Vaccination in Bombay 1924-1928 - 1924-1928
Year: 1924
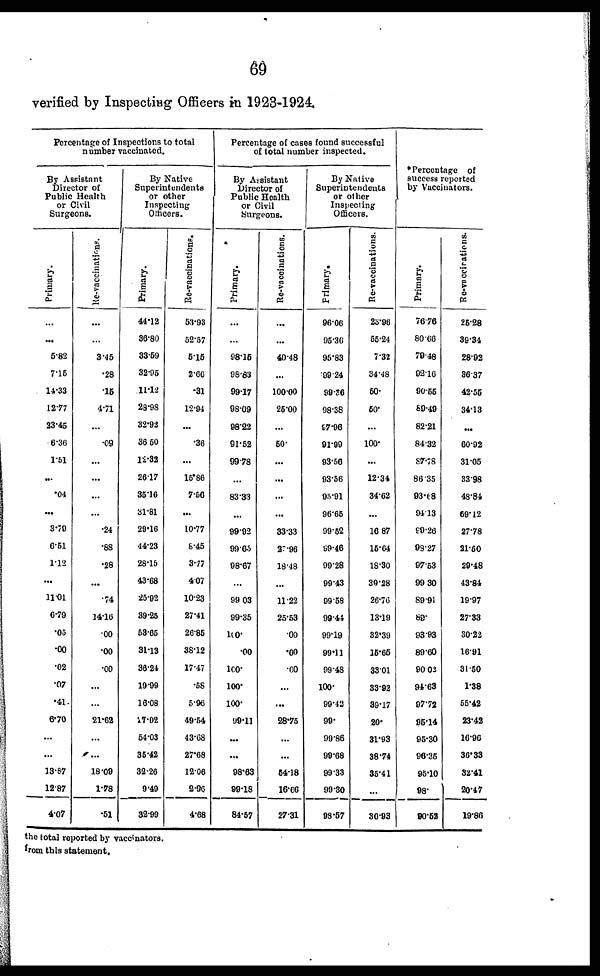
69
verified by Inspecting Officers in1923-1924.
Percentage of Inspections to total
number vaccinated.
By Assistant
Director of
Public Health
or Civil
Surgeons.
Primary.
...
...
5.82
7.15
14.33
12.77
23.45
6.36
1.51
...
.04
...
3.70
6.51
1.12
...
11.01
6.79
.05
.00
.02
.07
.41
6.70
...
...
13.87
12.87
4.07
Re-vaccinations.
...
...
3.45
.28
.15
4.71
...
.09
...
...
...
...
.24
.88
.28
...
.74
14.16
.00
.00
.00
...
...
21.62
...
...
18.09
1.78
.51
By Native
Superintendents
or other
Inspecting
Officers.
Primary.
44.12
36.80
33.59
32.95
11.12
28.98
32.92
36.50
12.32
26.17
35.16
31.81
29.16
44.23
28.15
43.68
25.92
39.25
53.65
31.13
36.24
19.99
16.08
27.02
54.03
35.42
32.26
9.49
32.99
Re-vaccinations.
53.93
52.57
5.15
2.66
.31
12.94
...
.36
...
15.86
7.56
...
10.77
8.45
3.77
4.07
10.23
27.41
26.85
38.12
17.47
.58
5.98
49.54
43.68
27.68
12.06
2.96
4.68
Percentage of cases found successful
of total number inspected.
By Assistant
Director of
Public Health
or Civil
Surgeons.
Primary.
...
...
98.15
98.83
99.17
98.09
98.22
91.52
99.78
...
83.33
...
99.92
99.65
98.67
...
99.03
99.35
100.
.00
100.
100.
100.
99.11
...
...
98.63
99.18
84.57
Re-vaccinations.
...
...
40.48
...
100.00
25.00
...
50.
...
...
...
...
33.33
27.96
18.48
...
11.22
25.53
.00
.00
.00
...
...
28.75
...
...
54.18
16.66
27.31
By Native
Superintendents
or other
Inspecting
Officers.
Primary.
96.06
95.36
95.83
99.24
99.36
98.38
97.96
91.99
93.56
93.56
95.91
96.65
99.52
99.46
99.28
99.43
99.58
99.44
99.19
99.11
99.48
100.
99.42
99.
99.86
99.68
99.33
99.30
98.57
Re-vaccinations.
23.96
55.24
7.32
34.48
50.
50.
...
100.
...
12.34
34.62
...
16.87
15.64
18.30
39.28
26.76
13.19
32.39
15.65
33.01
33.92
39.17
20.
31.93
38.74
35.41
...
30.93
*Percentage of
success reported
by Vaccinators.
Primary.
76.76
80.66
79.48
92.16
90.55
89.49
82.21
84.32
87.78
86.35
93.68
94.13
99.26
98.27
97.53
99.30
89.91
89.
93.93
89.60
90.02
94.63
97.72
95.14
95.30
96.35
95.10
98.
90.52
Re-vaccinations.
25.28
39.34
28.92
36.37
42.55
34.13
...
60.92
31.05
83.98
48.84
69.12
27.78
21.50
29.48
43.84
19.97
27.33
30.22
16.91
31.50
1.38
55.42
23.42
16.96
36.33
32.41
20.47
19.86
the total reported by vaccinators.
from this statement.